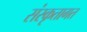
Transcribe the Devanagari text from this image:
संस्कृतागत